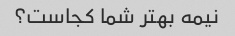
نیمه بهتر شما کجاست؟